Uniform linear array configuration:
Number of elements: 16
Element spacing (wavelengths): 0.75
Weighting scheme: binomial
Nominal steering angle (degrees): -15
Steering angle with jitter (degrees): -14.336
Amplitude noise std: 0.05
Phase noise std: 0.05

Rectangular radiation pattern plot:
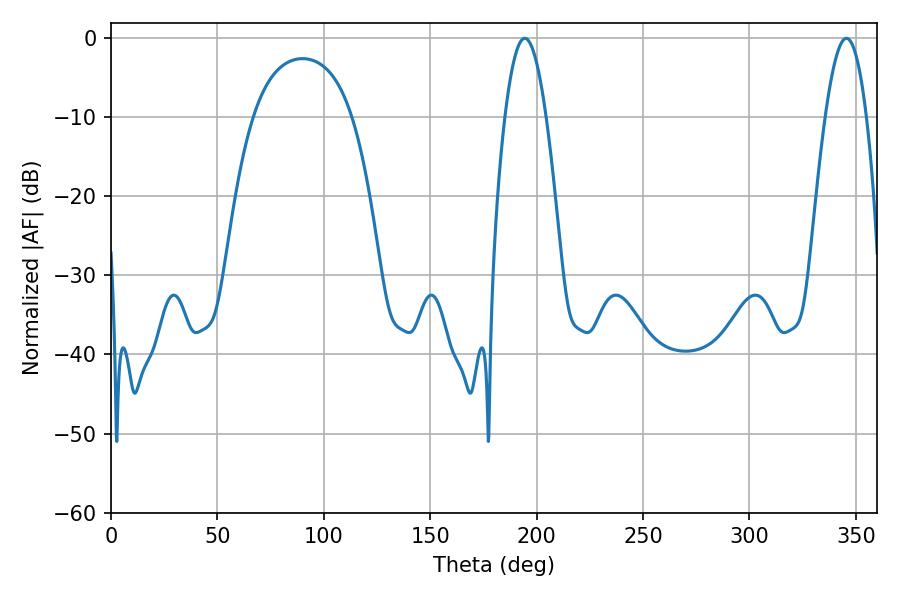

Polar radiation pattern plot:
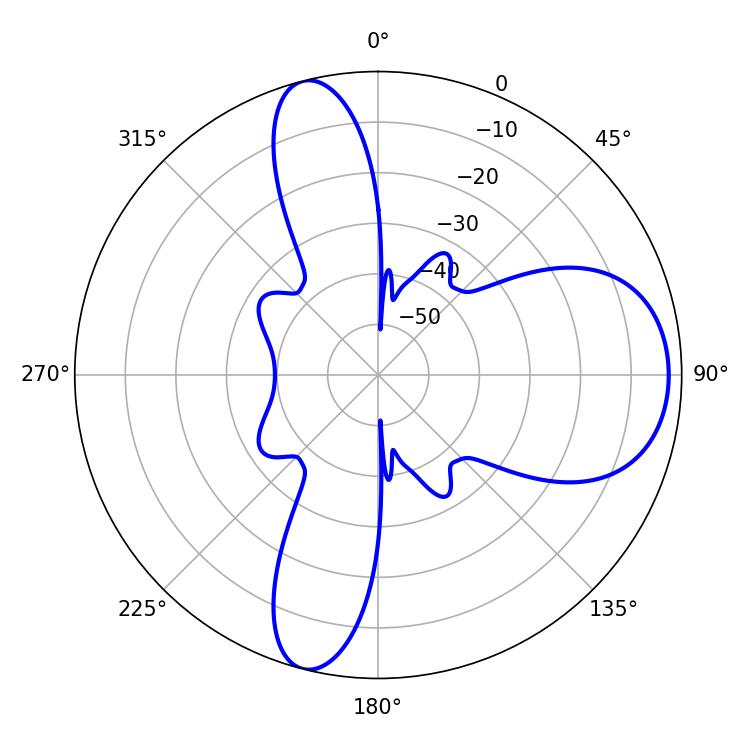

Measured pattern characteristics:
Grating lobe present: TRUE
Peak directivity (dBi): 9.821
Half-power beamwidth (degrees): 10.62
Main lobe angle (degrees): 194.4